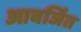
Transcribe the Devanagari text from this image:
आवर्जित